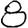
Digit: 8